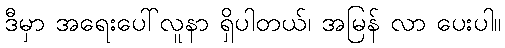
ဒီမှာ အရေးပေါ်လူနာ ရှိပါတယ်၊ အမြန် လာ ပေးပါ။